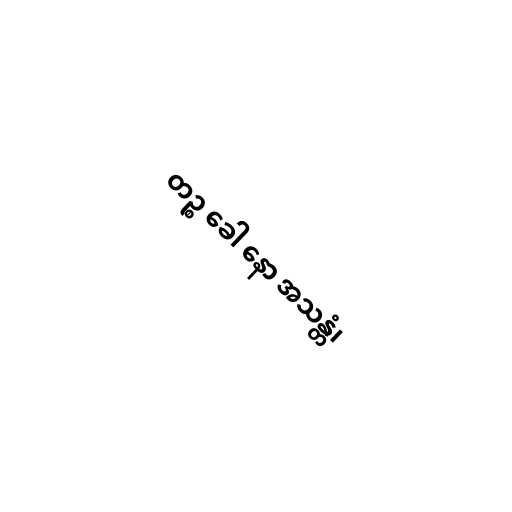
တဉ္စ ခေါ နော အသန္တံ၊